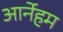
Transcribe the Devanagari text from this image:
आर्नेहम